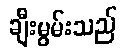
ချီးမွမ်းသည်